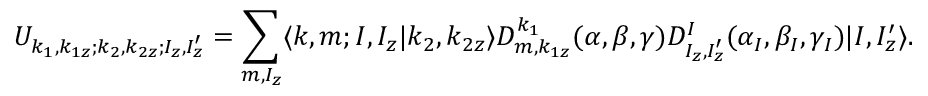
U _ { k _ { 1 } , k _ { 1 z } ; k _ { 2 } , k _ { 2 z } ; I _ { z } , I _ { z } ^ { \prime } } = \sum _ { m , I _ { z } } \langle k , m ; I , I _ { z } | k _ { 2 } , k _ { 2 z } \rangle D _ { m , k _ { 1 z } } ^ { k _ { 1 } } ( \alpha , \beta , \gamma ) D _ { I _ { z } , I _ { z } ^ { \prime } } ^ { I } ( \alpha _ { I } , \beta _ { I } , \gamma _ { I } ) | I , I _ { z } ^ { \prime } \rangle .